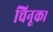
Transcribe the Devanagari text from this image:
चिनूक।